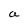
Character: a